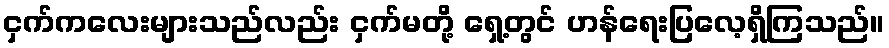
ငှက်ကလေးများသည်လည်း ငှက်မတို့ ရှေ့တွင် ဟန်ရေးပြလေ့ရှိကြသည်။